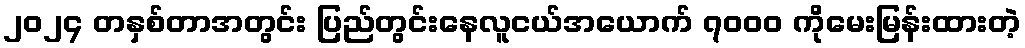
၂၀၂၄ တနှစ်တာအတွင်း ပြည်တွင်းနေလူငယ်အယောက် ၇၀၀၀ ကိုမေးမြန်းထားတဲ့